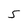
Character: 5